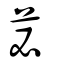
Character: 苾